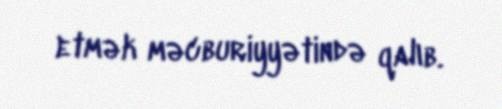
etmək məcburiyyətində qalıb.